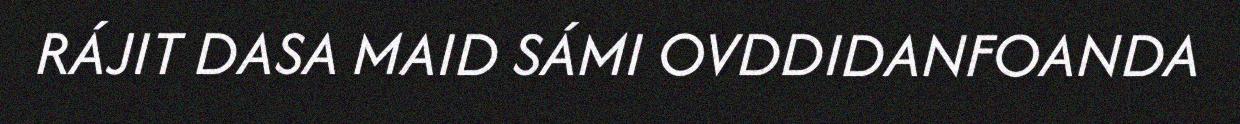
RÁJIT DASA MAID SÁMI OVDDIDANFOANDA